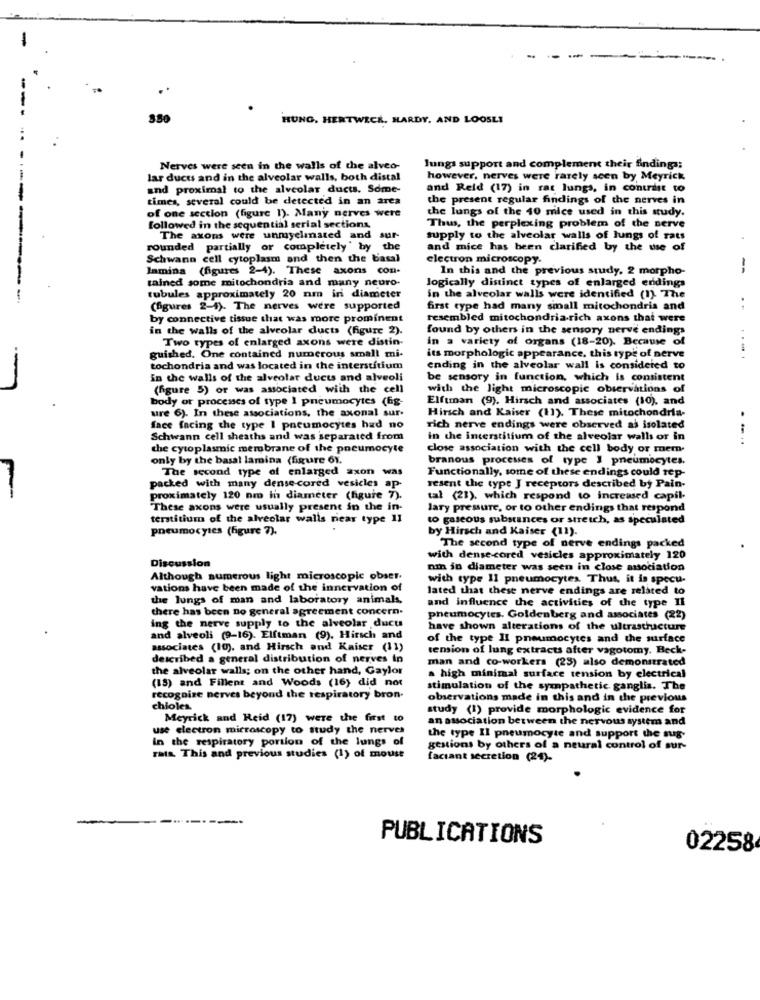
-
-
HUNG. HERTWICK. HARDY, AND LOOSLI
Nerves were seen in the walls of the alveo-
lungs support and complement their findings:
lar ducus and in the alveolar walls, both distal
however, nerves were rarely seen by Meyrick
and proximal to the alveolar ducts. Some-
and Reid (17) in rat lungs, in contrast to
times, several could be detected in an area
the present regular findings of the nerves in
the lungs of the 40 mice used in this study.
--
of one section (figure 1). Many nerves were
followed in the sequential serial sections
Thus, the perplexing problem of the serve
The axons were unmyelinated and sur-
supply to the alveolar walls of lungs of rats
rounded partially or completely' by the
and mice has been clarified by the use of
Schwann cell cytoplasm and then the basal
electron microscopy.
lamina (figures 2-4). These axons con-
In this and the previous study. 2 morpho-
--
tained some mitochondria and many neuro-
logically distinct types of enlarged endings
--
tubules approximately 20 nm iri diameter
in the alveolar walls were identified (1). The
(figures 2-4). The nerves were supported
first type had many small mitochondris and
by connective tissue that was more prominent
resembled mitochondria-rich axons that were
in the walls of the alveolar ducts (figure 2).
found by others in the sensory nerve endings
Two types of enlarged axons were distin.
in a variety of organs (18-20). Because of
guished. One contained numerous small mi-
its morphologic appearance, this type of nerve
.-.
tochondria and was located in the interstitium
ending in the alveolar wall is considered to
in the walls of the alveolar ducts and alveoli
be sensory in function, which is consistent
(figure 5) or was associated with the cell
with the light microscopic observations of
body or processes of type 1 pneumocytes (fig-
Elfuman (9). Hirsch and associates (10), and
ure 6). In these associations, the axonal sur-
Hirsch and Kaiser (11). These mitochondria-
face facing the type I pneumocytes had no
rich nerve endings were observed ai isolated
Schwann cell sheaths and was separated from
in the interstitium of the alveolar walls or in
.....
the cytoplasmic membrane of the pneumocyte
close association with the cell body or mem.
only by the basal lamina (figure 61.
branous processes of type I pneumocytes.
The second type of enlarged axon was
Functionally, some of these endings could tep-
packed with many dense-cored vesicles ap-
resent the type J receptors described by Pain-
proximately 120 nm in diameter (figure 7).
tal (21), which respond to increased capil-
These axons were usually present in the in-
lary pressure, or to other endings that respond
terstitium of the alveolar walls near type II
to gaseous substances or stretch, as speculated
pneumocytes (figure 7).
by Hirsch and Kaiser (11).
The second type of nerve endings packed
Discussion
with dense cored vesicles approximately 120
nin in diameter was seen in close association
Although numerous light microscopic obser.
with type Il pneumocytes. Thus, it is specu-
vations have been made of the innervation of
lated that these nerve endings are related to
the lungs of man and laboratory animals,
and influence the activities of the type II
there has been no general agreement concern-
ing the nerve supply to the alveolar ducu
pneumocytes. Goldenberg and associates (22)
have shown alterations of the ultrastructure
and alveoli (9-16). Elftman (9). Hirsch and
of the type II pneumocytes and the surface
associates (10), and Hirsch and Kaiser (11)
tension of lung extracts after vagotomy. Heck-
described a general distribution of nerves in
man and co-workers (23) also demonstrated
the alveolar walls; on the other hand, Gaylor
(15) and Fillent and Woods (16) did not
a high minimal surface tension by electrical
stimulation of the sympathetic ganglia. The
recognize nerves beyond the respiratory bron.
observations made in this and in the previous
chioles.
study (1) provide morphologic evidence for
Meyrick and Reid (17) were the first to
an association between the nervous system and
use electron microscopy to study the nerves
In the respiratory portion of the lungs of
the type Il pneumocyte and support the sug-
gestions by others of a neural control of sur-
rata. This and previous studies (1) of mouse
faciant secretion (24).
PUBLICATIONS
02258